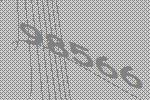
98566